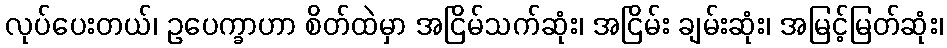
လုပ်ပေးတယ်၊ ဥပေက္ခာဟာ စိတ်ထဲမှာ အငြိမ်သက်ဆုံး၊ အငြိမ်း ချမ်းဆုံး၊ အမြင့်မြတ်ဆုံး၊